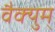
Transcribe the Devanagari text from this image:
वैक्युम्